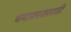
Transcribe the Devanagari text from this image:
चमत्कारासाठी